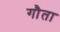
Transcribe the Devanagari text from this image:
गौता